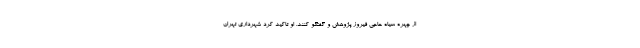
از چهره سیاه حاجی فیروز پژوهش و گفتگو کنند. او تاکید کرد شهرداری تهران